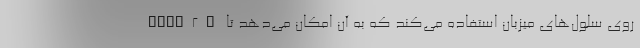
"ACE2" روی سلول‌های میزبان استفاده می‌کند که به آن امکان می‌دهد تا